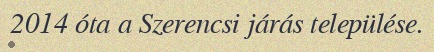
2014 óta a Szerencsi járás települése.